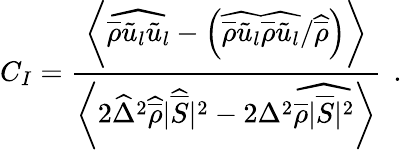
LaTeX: C_{I}=\frac{\biggl\langle\widehat{\overline{{\rho}}\tilde{u}_{l}\tilde{u}_{l}}-\left(\widehat{\overline{{\rho}}\tilde{u}_{l}}\widehat{\overline{{\rho}}\tilde{u}_{l}}/\widehat{\overline{{\rho}}}\right)\biggr\rangle}{\biggl\langle 2\widehat{\Delta}^{2}\widehat{\overline{{\rho}}}|\widehat{\overline{{S}}}|^{2}-2{\Delta}^{2}\widehat{\overline{{\rho}}|\overline{{S}}|^{2}}\biggr\rangle}\, \mathrm{~.~}